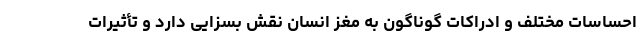
احساسات مختلف و ادراکات گوناگون به مغز انسان نقش بسزایی دارد و تأثیرات